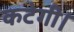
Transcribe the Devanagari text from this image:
कटेगी।